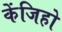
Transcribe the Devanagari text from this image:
केंजिहो